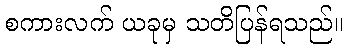
စကားလက် ယခုမှ သတိပြန်ရသည်။